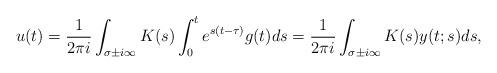
LaTeX: \begin{align*}u(t) = \frac1{2\pi i} \int_{\sigma\pm i\infty} K(s) \int_0^t e^{s(t-\tau)} g(t) ds= \frac1{2\pi i} \int_{\sigma\pm i\infty} K(s) y(t;s)ds,\end{align*}